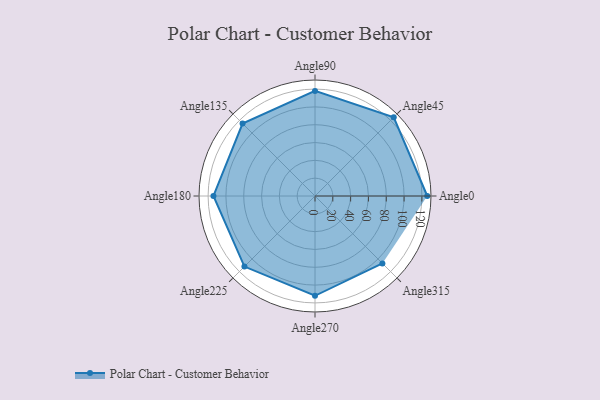
{"axis": {"x": "Angle", "y": "Radius"}, "legend": [""], "data": [{"x": "Angle0", "y": 126.0, "type": ""}, {"x": "Angle45", "y": 125.0, "type": ""}, {"x": "Angle90", "y": 118.0, "type": ""}, {"x": "Angle135", "y": 115.0, "type": ""}, {"x": "Angle180", "y": 114.0, "type": ""}, {"x": "Angle225", "y": 112.0, "type": ""}, {"x": "Angle270", "y": 112.0, "type": ""}, {"x": "Angle315", "y": 107.0, "type": ""}]}